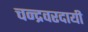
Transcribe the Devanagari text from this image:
चन्द्रवरदायी